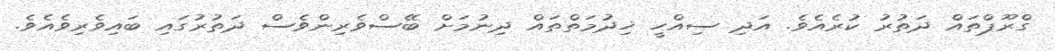
ގްރޫޕްތައް ދަތުރު ކުރެއެވެ. އަދި ސިއްހީ ޚިދުމަތްތައް ދިނުމަށް ބޭސްވެރިންވެސް ދަތުރުގައި ބައިވެރިވެއެވެ.